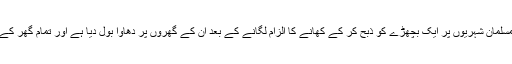
ہندو انتہا پسندوں نے محمد شہاب الدین اور قدوس قریشی نامی دو مسلمان شہریوں پر ایک بچھڑے کو ذبح کر کے کھانے کا الزام لگانے کے بعد ان کے گھروں پر دھاوا بول دیا ہے اور تمام گھر کے افراد کو ایک کمرے میں بند کر کے شدید تشدد کا نشانہ بنایا ہے۔